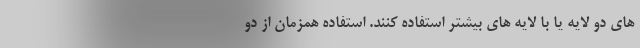
های دو لایه یا با لایه های بیشتر استفاده کنند. استفاده همزمان از دو